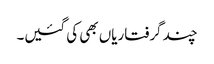
چند گرفتاریاں بھی کی گئیں۔